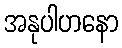
အနုပါဟနော